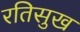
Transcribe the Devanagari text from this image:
रतिसुख